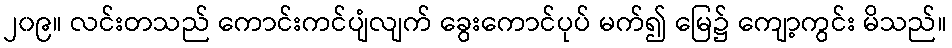
၂၀၉။ လင်းတသည် ကောင်းကင်ပျံလျက် ခွေးကောင်ပုပ် မက်၍ မြေ၌ ကျော့ကွင်း မိသည်။